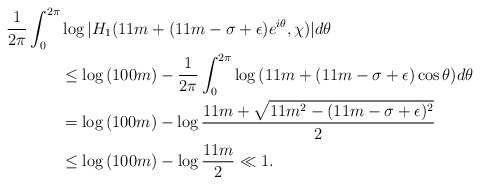
\begin{align*}\frac{1}{2\pi} &\int_0^{2\pi} \log{ |H_1( 11m+(11m-\sigma+\epsilon)e^{i\theta}, \chi )| } d\theta \\&\quad\quad\leq \log{(100m)} - \frac{1}{2\pi} \int_0^{2\pi} \log{(11m+(11m-\sigma+\epsilon)\cos{\theta})} d\theta \\&\quad\quad= \log{(100m)} - \log{\frac{11m+\sqrt{11m^2-(11m-\sigma+\epsilon)^2}}{2}} \\&\quad\quad\leq \log{(100m)} - \log{\frac{11m}{2}} \ll 1.\end{align*}